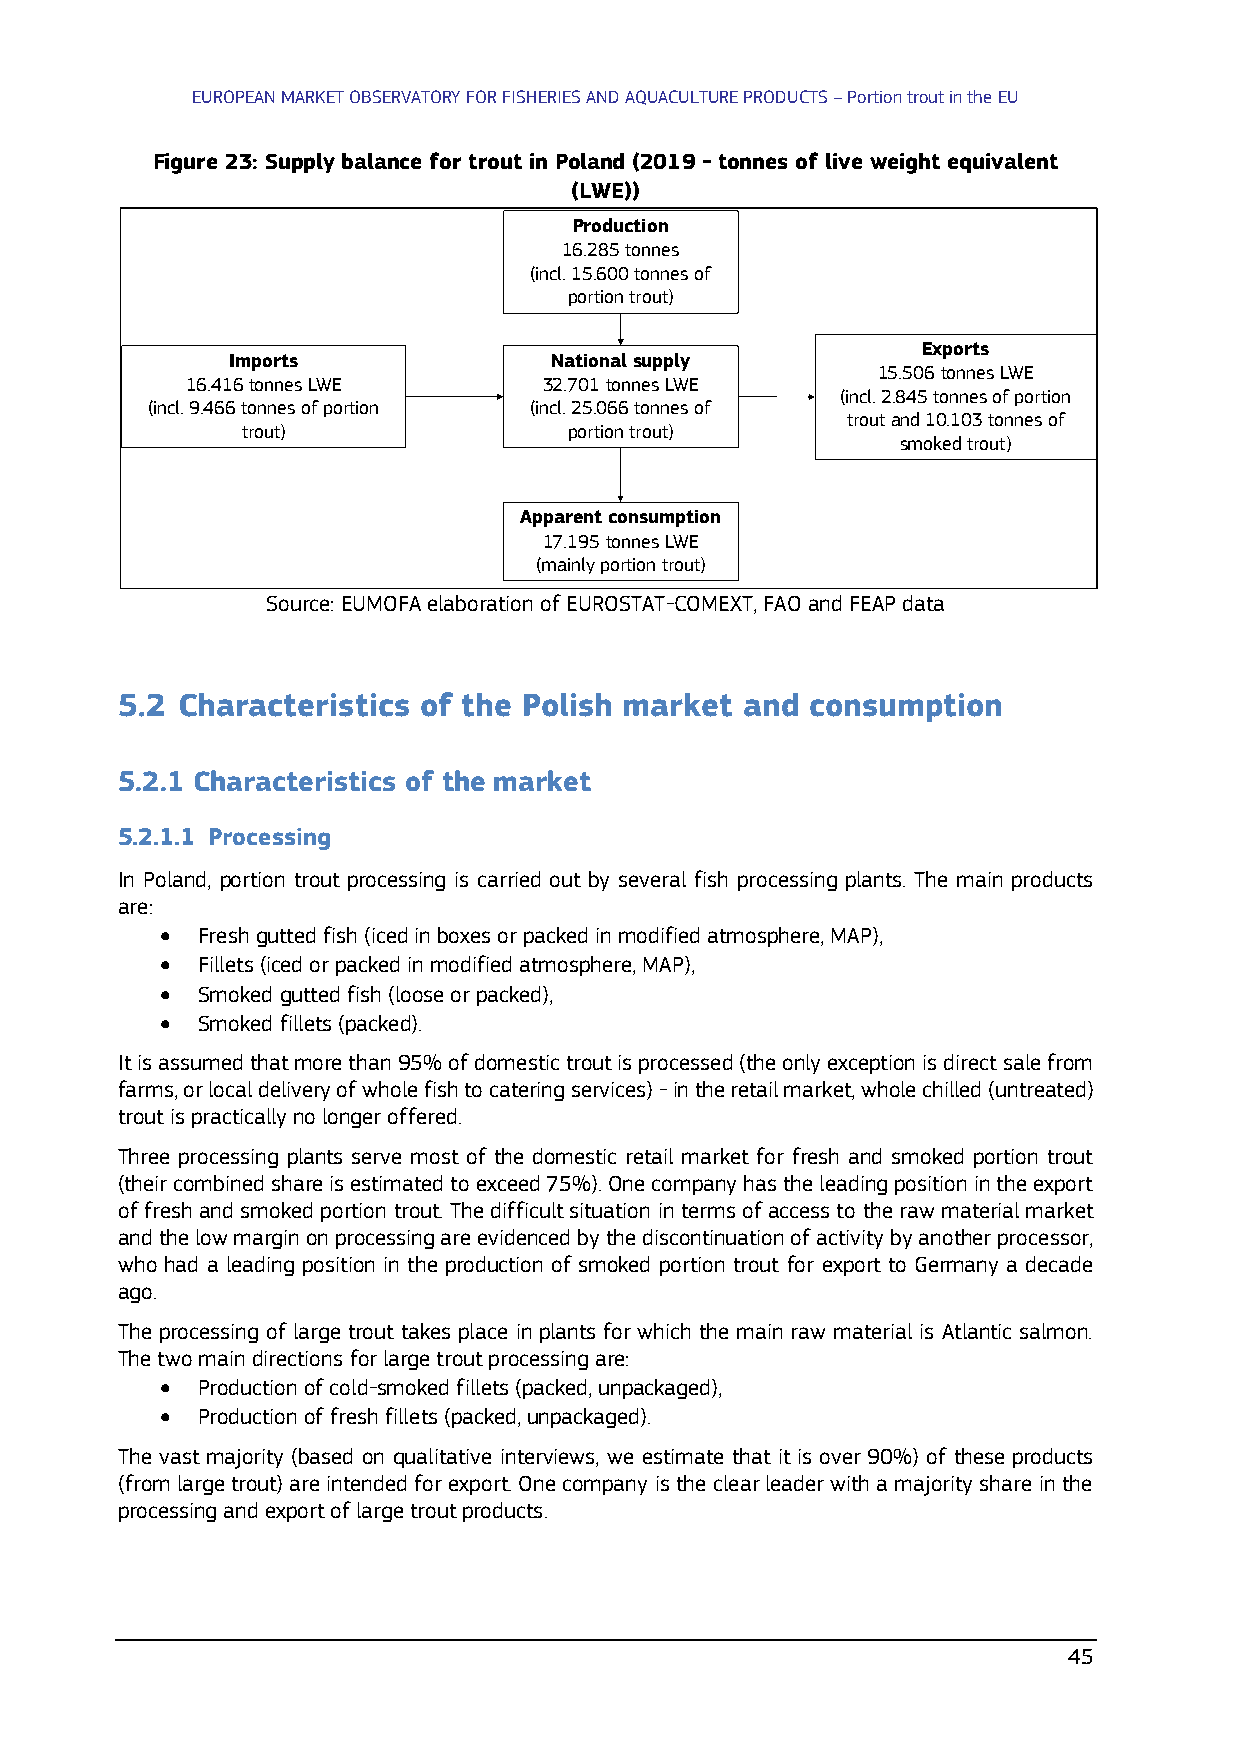
EUROPEAN MARKET OBSERVATORY FOR FISHERIES AND AQUACULTURE PRODUCTS – Portion trout in the EU
 Figure 23: Supply balance for trout in Poland (2019 - tonnes of live weight equivalent
 (LWE))
 Production
 16.285tonnes
 (incl. 15.600 tonnes of
 portion trout)
 Exports
 Imports              National supply
 15.506 tonnes LWE
 16.416tonnes LWE        32.701tonnes LWE
 (incl. 2.845 tonnes of portion
 (incl. 9.466 tonnes of portion (incl. 25.066 tonnes of
 troutand 10.103 tonnes of
 trout)                portion trout)
 smokedtrout)
 Apparent consumption
 17.195tonnes LWE
 (mainlyportion trout)
 Source: EUMOFA elaboration of EUROSTAT-COMEXT, FAO and FEAP data
 5.2 Characteristics of the Polish market and  consumption
 5.2.1 Characteristics of the market
 5.2.1.1 Processing
 In Poland, portion trout processing is carried out by several fish processing plants. The main products
 are:
 • Fresh gutted fish (iced in boxes or packed in modified atmosphere, MAP),
 • Fillets (iced or packed in modified atmosphere, MAP),
 • Smoked gutted fish (loose or packed),
 • Smoked fillets (packed).
 It is assumed that more than 95% of domestic trout is processed (the only exception is direct sale from
 farms, or local delivery of whole fish to catering services) - in the retail market, whole chilled (untreated)
 trout is practically no longer offered.
 Three processing plants serve most of the domestic retail market for fresh and smoked portion trout
 (their combined share is estimated to exceed 75%). One company has the leading position in the export
 of fresh and smoked portion trout. The difficult situation in terms of access to the raw material market
 and the low margin on processing are evidenced by the discontinuation of activity by another processor,
 who had a leading position in the production of smoked portion trout for export to Germany a decade
 ago.
 The processing of large trout takes place in plants for which the main raw material is Atlantic salmon.
 The two main directions for large trout processing are:
 • Production of cold-smoked fillets (packed, unpackaged),
 • Production of fresh fillets (packed, unpackaged).
 The vast majority (based on qualitative interviews, we estimate that it is over 90%) of these products
 (from large trout) are intended for export. One company is the clear leader with a majority share in the
 processing and export of large trout products.
 45